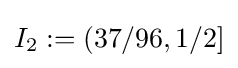
I_{2}:=(37/96,1/2]